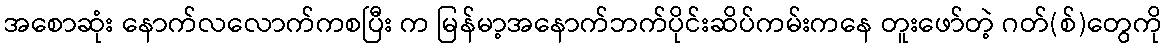
အစောဆုံး နောက်လလောက်ကစပြီး က မြန်မာ့အနောက်ဘက်ပိုင်းဆိပ်ကမ်းကနေ တူးဖော်တဲ့ ဂတ်(စ်)တွေကို